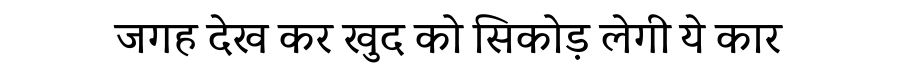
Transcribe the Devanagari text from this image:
जगह देख कर खुद को सिकोड़ लेगी ये कार